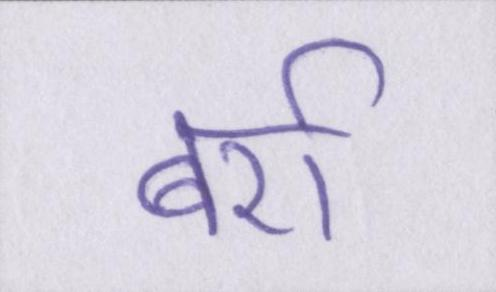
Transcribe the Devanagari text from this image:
बर्रा